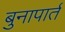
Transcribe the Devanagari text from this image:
बुनापार्त